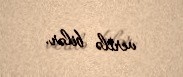
verilə bilər.